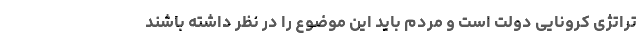
تراتژی کرونایی دولت است و مردم باید این موضوع را در نظر داشته باشند